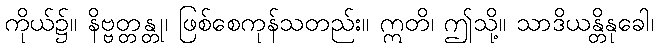
ကိုယ်၌။ နိဗ္ဗတ္တန္တု၊ ဖြစ်စေကုန်သတည်း။ ဣတိ၊ ဤသို့။ သာဒိယန္တိနုခေါ၊